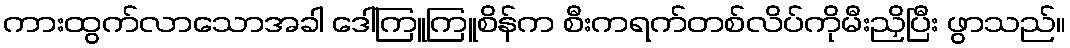
ကားထွက်လာသောအခါ ဒေါ်ကြူကြူစိန်က စီးကရက်တစ်လိပ်ကိုမီးညှိပြီး ဖွာသည်။